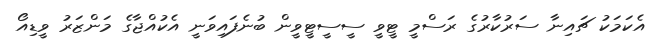
އެކަމަކު ޗައިނާ ސަރުކާރުގެ ރަސްމީ ޓީވީ ސީސީޓީވީން ބުނެފައިވަނީ އެކުއްޖާގެ މަންޒަރު ވީޑިއޯ